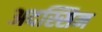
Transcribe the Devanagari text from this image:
अदस्सिन